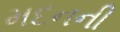
મદનની